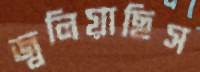
জ্বলিয়াছিস